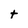
Character: t